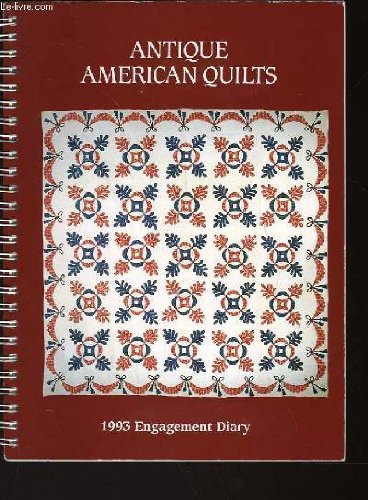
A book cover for Antique American Quilts 1993 engagement calendar.; Susan Jenkins; Calendars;